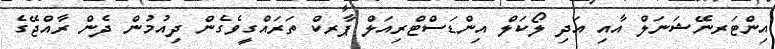
އިންޓަރނޭޝަނަލް އާއި އަދި ލޯކަލް އިންޑަސްޓްރިއަލް ޕާރކް ތަރައްގީވެގެން ދިއުމުން ދެން ރާއްޖޭގެ